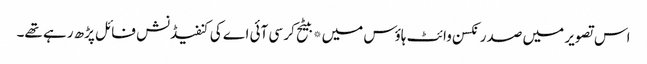
اس تصویر میں صدر نکسن وائٹ ہاؤس میں*بیٹح کر سی آئی اے کی کنفیڈنش فائل پڑھ رہے تھے۔